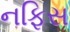
નફિસ